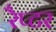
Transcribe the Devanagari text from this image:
रैप्‍टर